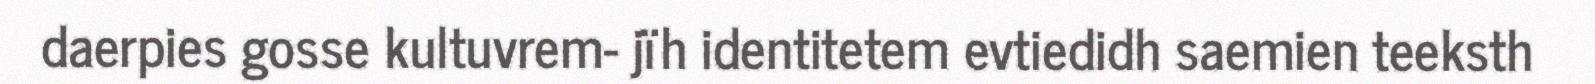
daerpies gosse kultuvrem- jïh identitetem evtiedidh saemien teeksth